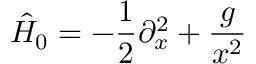
\hat { H } _ { 0 } = - \frac { 1 } { 2 } \partial _ { x } ^ { 2 } + \frac { g } { x ^ { 2 } }